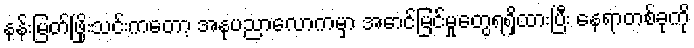
နန်းမြတ်ဖြိုးသင်းကတော့ အနုပညာလောကမှာ အောင်မြင်မှုတွေရရှိထားပြီး နေရာတစ်ခုကို